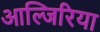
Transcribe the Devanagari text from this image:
आल्जिरिया